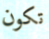
تكون